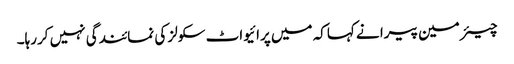
چیئر مین پیرا نے کہاکہ میں پرائیواٹ سکولز کی نمائندگی نہیں کررہا۔